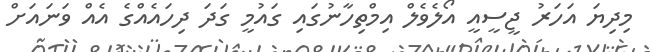
މިދިޔަ އަހަރު ޖީސީއީ އޯލެވެލް އިމްތިހާނުގައި ގައުމީ ގަދަ ދިހައެއްގެ އެއް ވަނައަށް